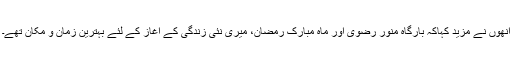
انھوں نے مزید کہاکہ بارگاہ منور رضوی اور ماہ مبارک رمضان، میری نئی زندگی کے آغاز کے لئے بہترین زمان و مکان تھے۔